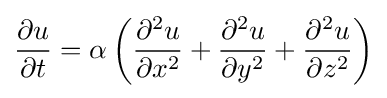
{\frac {\partial u}{\partial t}}=\alpha \left({\frac {\partial ^{2}u}{\partial x^{2}}}+{\frac {\partial ^{2}u}{\partial y^{2}}}+{\frac {\partial ^{2}u}{\partial z^{2}}}\right)